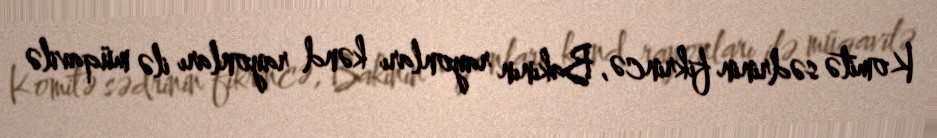
Komitə sədrinin fikrincə, Bakının rayonları kənd rayonları ilə müqavilə